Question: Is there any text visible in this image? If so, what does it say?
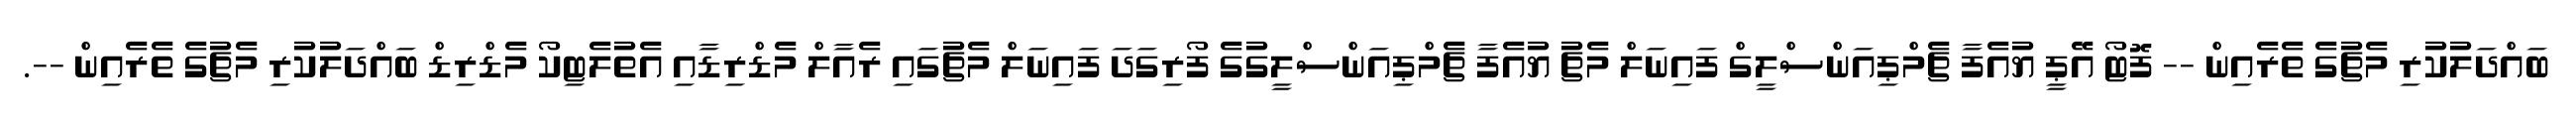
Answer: ބައްދަލުކުރި މެޗުގެ ތެރެއިން -- ފޮޓޯ އޭޕީ ޔުއެފާ ޗެމްޕިއަންސްލީގް ފައިނަލް މެޗު ޔުއެފާ ޗެމްޕިއަންސްލީގުގެ ފޯރިގަދަ ފައިނަލް މެޗުގައި ރެއާލް މެޑްރިޑާއި އެތުލެޓިކޯ މެޑްރިޑް ބައްދަލުކުރި މެޗުގެ ތެރެއިން --.